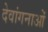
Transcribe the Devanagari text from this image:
देवांगनाओं